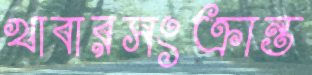
খাবারসংক্রান্ত